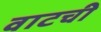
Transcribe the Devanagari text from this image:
वाटची